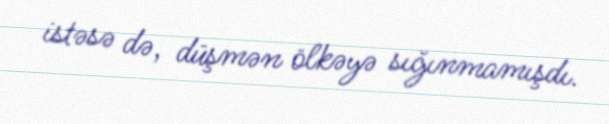
istəsə də, düşmən ölkəyə sığınmamışdı.